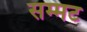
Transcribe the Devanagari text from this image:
सम्मट